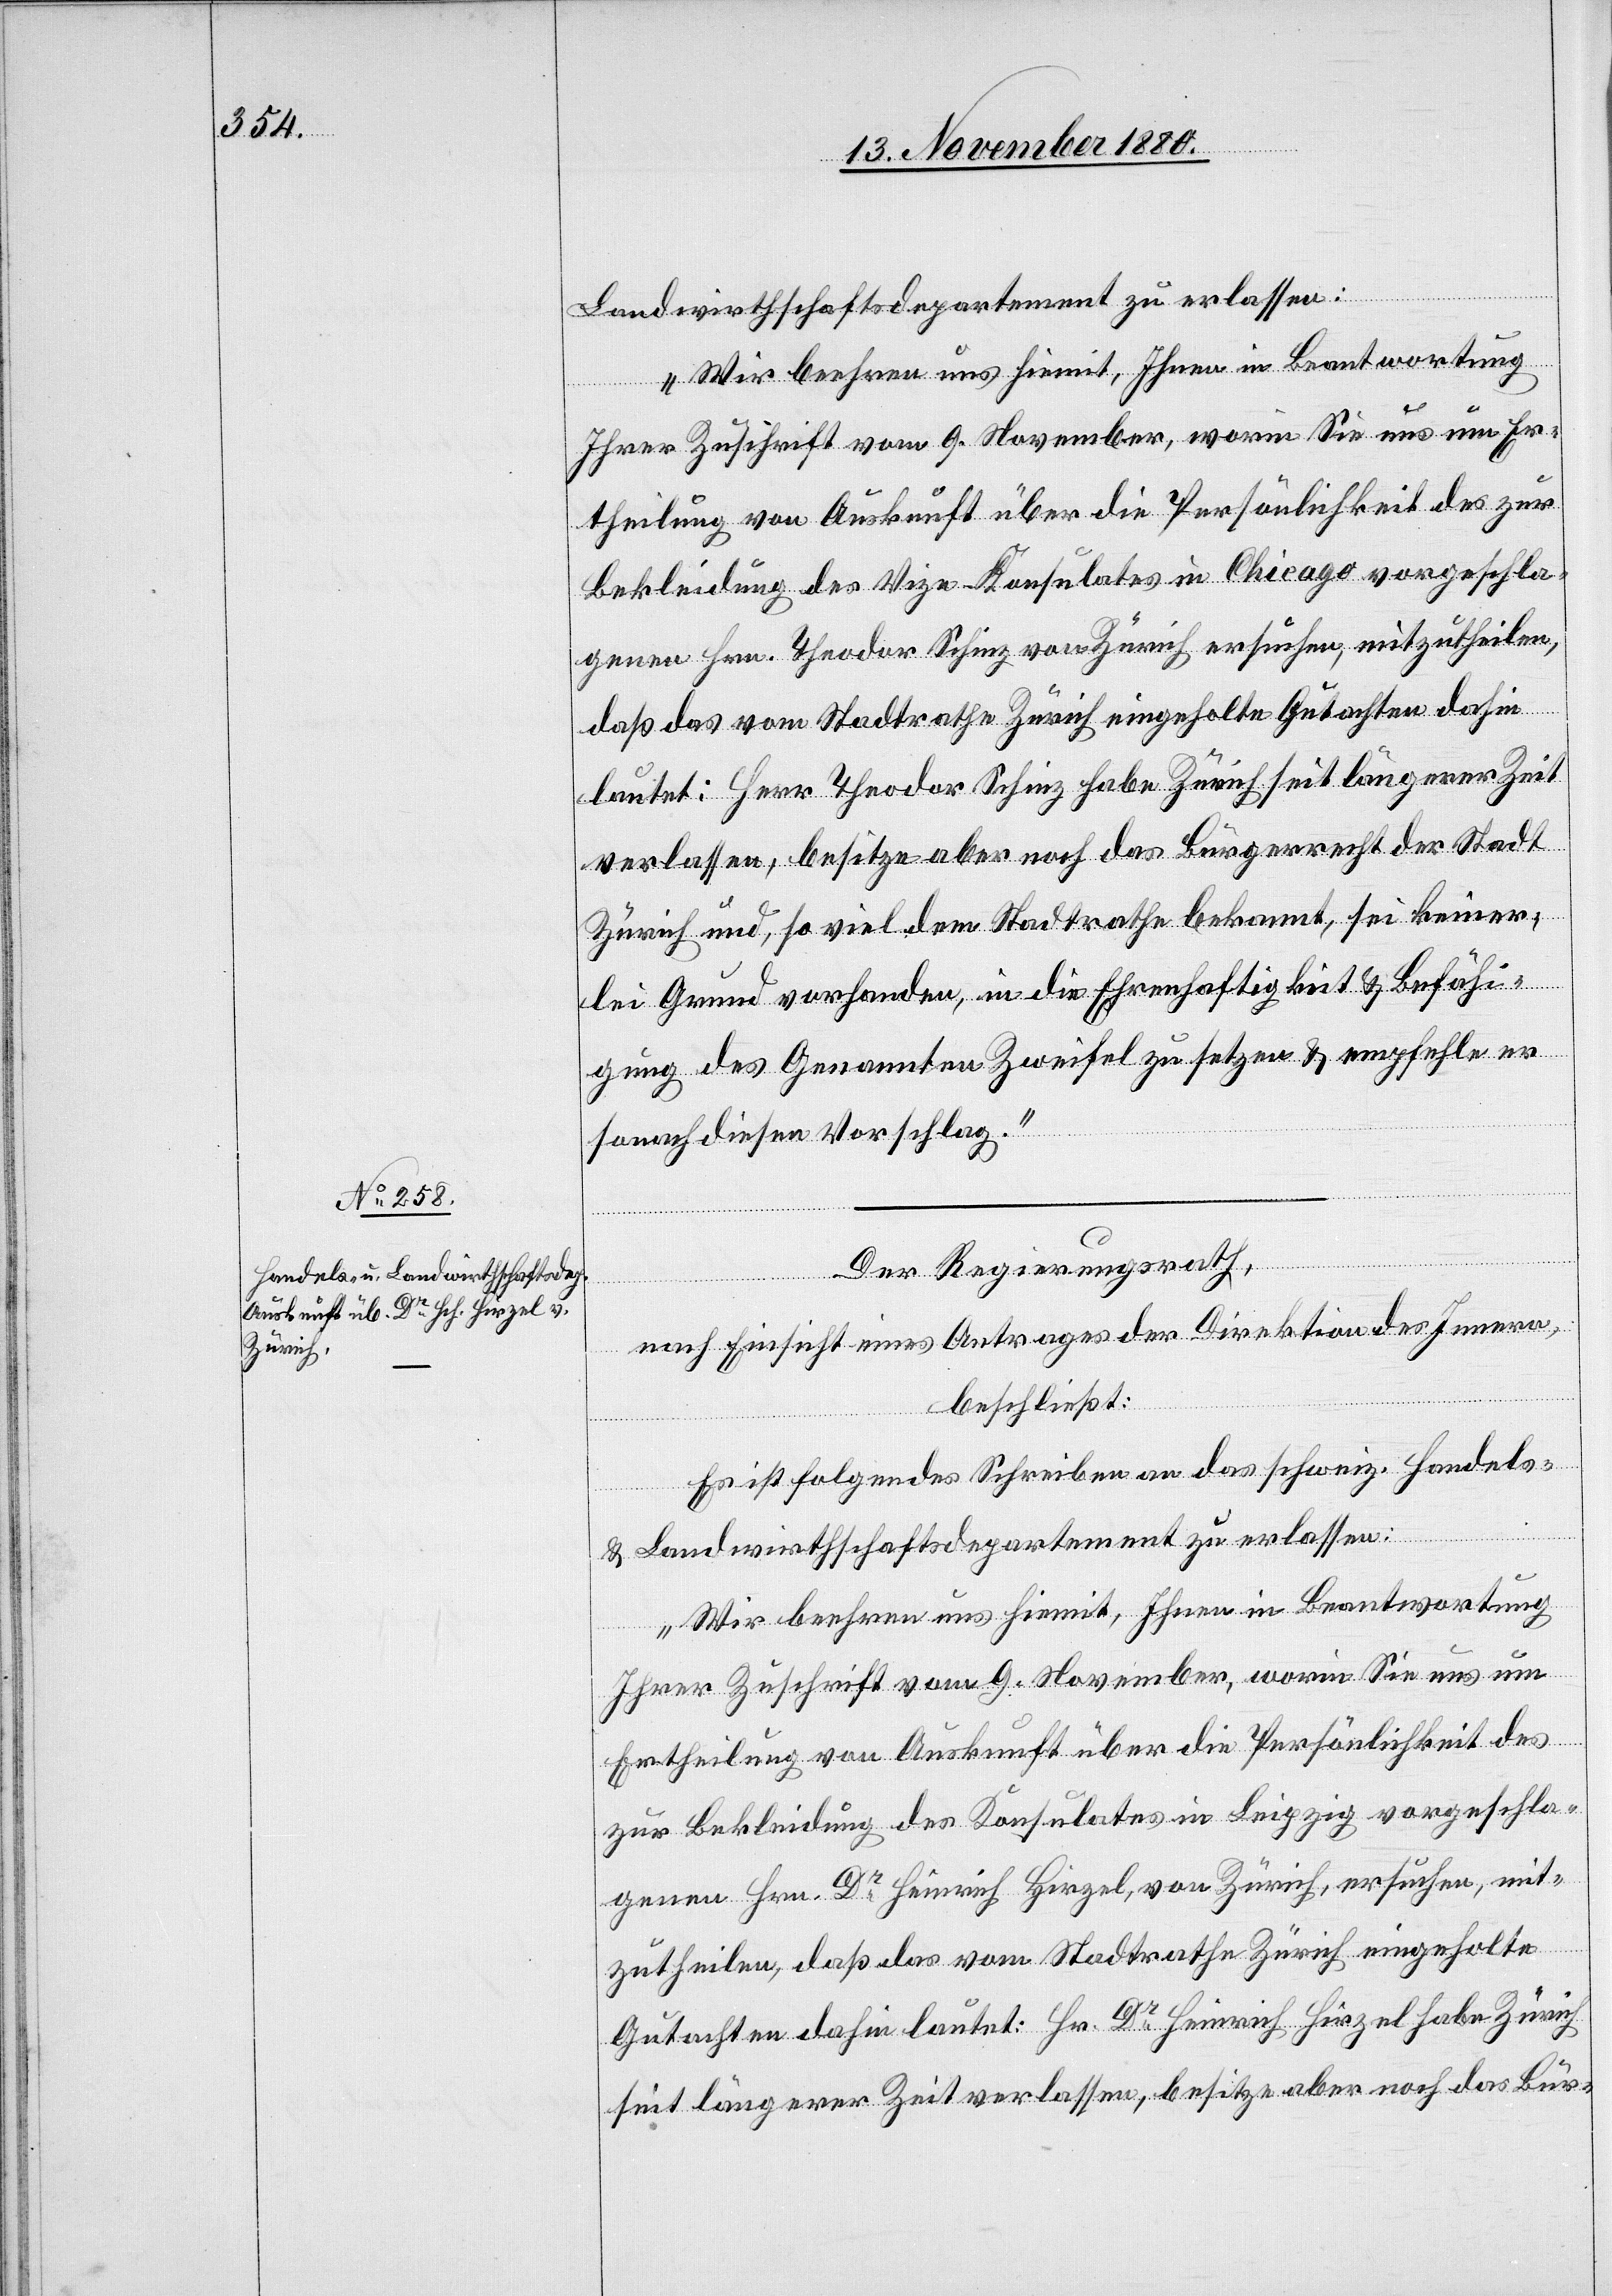
16. November 1880.]
Landwirthschaftsdepartement zu erlassen:
Ihrer Zuschrift vom 9. November, worin Sie uns um Er¬
theilung von Auskunft über die Persönlichkeit des zur
Bekleidung des Vize-Konsulates in Chicago vorgeschla¬
genen Hrn. Theodor Schinz von Zürich ersuchen, mitzutheilen,
daß das vom Stadtrathe Zürich eingeholte Gutachten dahin
lautet: Herr Theodor Schinz habe Zürich seit längerer Zeit
verlassen, besitze aber noch das Bürgerrecht der Stadt
Zürich und, so viel dem Stadtrathe bekannt, sei keiner¬
lei Grund vorhanden, in die Ehrenhaftigkeit & Befähi¬
gung des Genannten Zweifel zu setzen & empfehle er
sonach diesen Vorschlag.“
Der Regierungsrath,
nach Einsicht eines Antrages der Direktion des Innern,
beschließt:
Es ist folgendes Schreiben an das schweiz. Handels-
& Landwirthschaftsdepartement zu erlassen:
„Wir beehren uns hiemit, Ihnen in Beantwortung
Ihrer Zuschrift vom 9. November, worin sie uns um
Ertheilung von Auskunft über die Persönlichkeit des
zur Bekleidung des Konsulates in Leipzig vorgeschla¬
genen Hrn. Heinrich Hirzel, von Zürich eingeholte
Gutachten dahin lautet: Hr. Dr Heinrich Hirzel habe Zürich
seit längerer Zeit verlassen, besitze aber noch das Bür-